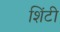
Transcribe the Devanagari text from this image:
शिंटी